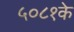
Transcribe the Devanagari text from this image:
५०८१के